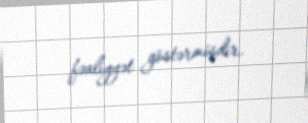
fəaliyyət göstərmişdir.